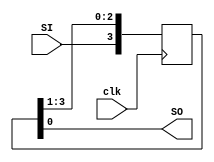
`timescale 1ns / 1ps
//////////////////////////////////////////////////////////////////////////////////
// Company: 
// Engineer: 
// 
// Design Name: 
// Module Name: comparer_storage_elements
// Project Name: 
// Target Devices: 
// Tool Versions: 
// Description: 
// 
// Dependencies: 
// 
// Revision:
// Revision 0.01 - File Created
// Additional Comments:
// 
//////////////////////////////////////////////////////////////////////////////////


module shift_register
    #(parameter N = 4)(
        input clk,
        input SI,
        //output [N-1:0] I //if we care about the content
        output SO 
    );
    
    //behavioral way
    reg [N-1:0] Q_reg, Q_next;
    
    always@(posedge clk)
    begin
        Q_reg <= Q_next;
    end
    
    //next state logic
    always@(SI, Q_reg)
    begin
        //right shift
        Q_next = {SI, Q_reg[N-1:1]};
        
        //left shift
        //Q_next = {Q_reg[N-2:0], SI};
    end
    
    assign SO = Q_reg[0]; //if you only care about the serial output
    assign Q = Q_reg; //you care to see q3, q2, q1, q0 of the registers
endmodule